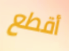
أقطع